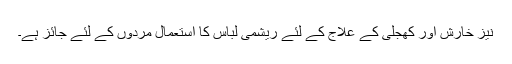
نیز خارش اور کھجلی کے علاج کے لئے ریشمی لباس کا استعمال مردوں کے لئے جائز ہے۔